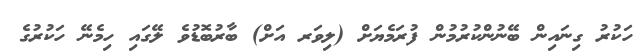
ހަކުރު ގިނައިން ބޭނުންކުރުމުން ފުރަމެޔަށް (ލިވަރ އަށް) ބާރުބޮޑުވެ ލޭގައި ހިމެނޭ ހަކުރުގެ